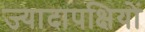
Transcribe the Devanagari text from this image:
ज्यादापक्षियों